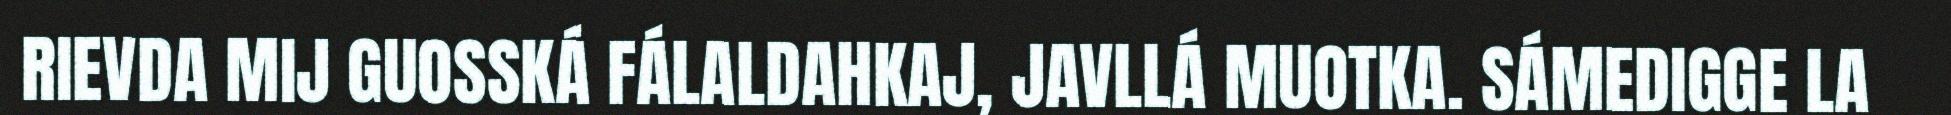
RIEVDA MIJ GUOSSKÁ FÁLALDAHKAJ, JAVLLÁ MUOTKA. SÁMEDIGGE LA